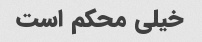
خیلی محکم است